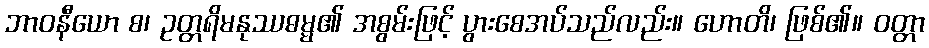
ဘာဝနီယော စ၊ ဥတ္တရိမနုဿဓမ္မ၏ အစွမ်းဖြင့် ပွားစေအပ်သည်လည်း။ ဟောတိ၊ ဖြစ်၏။ ဝတ္တာ